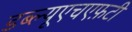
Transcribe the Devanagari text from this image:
डब्ल्यूएचएफ़टी